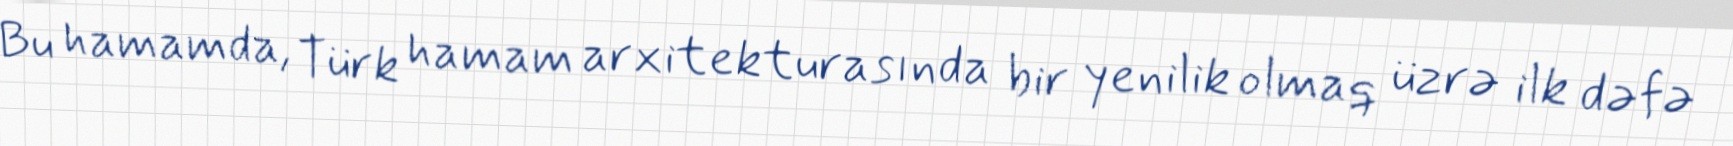
Bu hamamda, Türk hamam arxitekturasında bir yenilik olmaq üzrə ilk dəfə